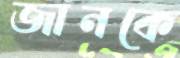
জানকে